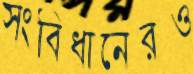
সংবিধানেরও